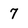
Character: 7